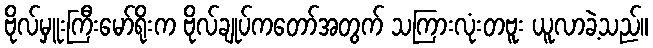
ဗိုလ်မှူးကြီးမော်ရိုးက ဗိုလ်ချုပ်ကတော်အတွက် သကြားလုံးတဗူး ယူလာခဲ့သည်။